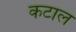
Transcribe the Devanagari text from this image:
कटाल